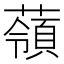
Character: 䕘